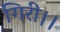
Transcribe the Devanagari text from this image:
गिरी।।